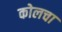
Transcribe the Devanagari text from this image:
कोलचा